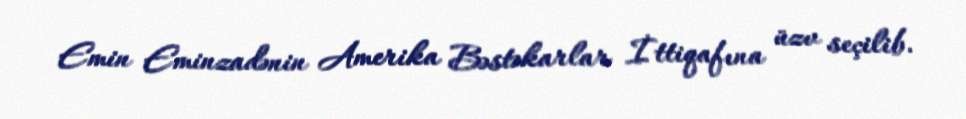
Emin Eminzadənin Amerika Bəstəkarlar İttiqafına üzv seçilib.